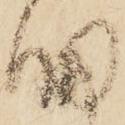
細